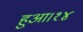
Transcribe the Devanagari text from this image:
हुआ।१४